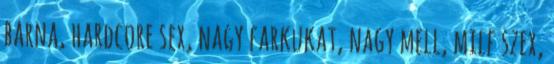
barna, hardcore sex, nagy farkukat, nagy mell, milf szex,